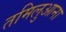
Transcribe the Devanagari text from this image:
तमिलुआना